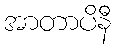
အာတာပိနီ